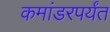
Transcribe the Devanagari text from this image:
कमांडरपर्यंत